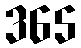
365